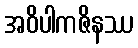
အဝိပါကဇိနဿ